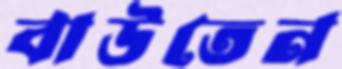
বাউতেন